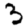
Digit: 3